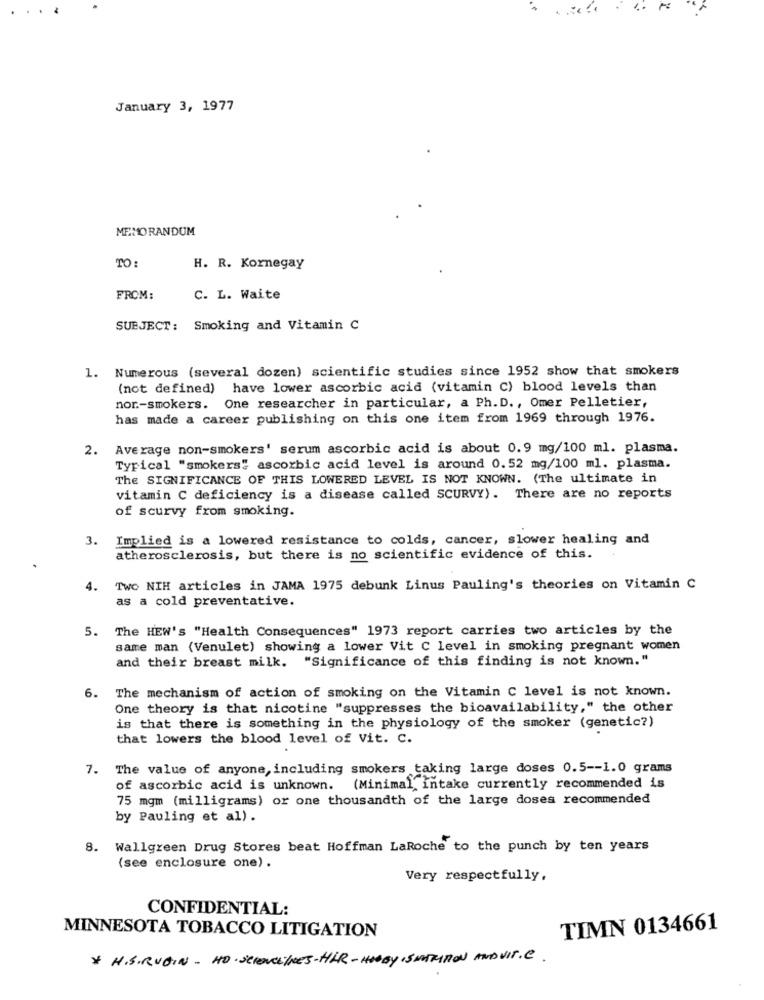
January 3, 1977
MEMORANDUM
TO:
H. R. Kornegay
FROM:
C. L. Waite
SUBJECT :
Smoking and Vitamin C
1. Numerous (several dozen) scientific studies since 1952 show that smokers
(not defined) have lower ascorbic acid (vitamin C) blood levels than
nor-smokers. One researcher in particular, a Ph. D ., Omer Pelletier,
has made a career publishing on this one item from 1969 through 1976.
2.
Average non-smokers' serum ascorbic acid is about 0.9 mg/100 ml. plasma.
Typical "smokers" ascorbic acid level is around 0.52 mg/100 ml. plasma.
The SIGNIFICANCE OF THIS LOWERED LEVEL IS NOT KNOWN. (The ultimate in
vitamin C deficiency is a disease called SCURVY). There are no reports
of scurvy from smoking.
3. Implied is a lowered resistance to colds, cancer, slower healing and
atherosclerosis, but there is no scientific evidence of this.
4. Two NIH articles in JAMA 1975 debunk Linus Pauling's theories on Vitamin C
as a cold preventative.
5. The HEW's "Health Consequences" 1973 report carries two articles by the
same man (Venulet) showing a lower Vit C level in smoking pregnant women
and their breast milk. "Significance of this finding is not known."
6. The mechanism of action of smoking on the Vitamin C level is not known.
One theory is that nicotine "suppresses the bioavailability," the other
is that there is something in the physiology of the smoker (genetic?)
that lowers the blood level of Vit. C.
7. The value of anyone, including smokers taking large doses 0.5 -- 1.0 grams
of ascorbic acid is unknown. (Minimal intake currently recommended is
75 mgm (milligrams) or one thousandth of the large doses recommended
by Pauling et al) .
8. Wallgreen Drug Stores beat Hoffman LaRoche to the punch by ten years
(see enclosure one) .
Very respectfully,
CONFIDENTIAL:
MINNESOTA TOBACCO LITIGATION
TIMN 0134661
* H.S.RUBIN - HO. SCIENCEINes-HER- HOBBY, SITRITION ANDVIT.C.